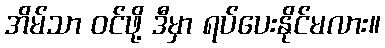
အိမ်သာ ဝင်ဖို့ ဒီမှာ ရပ်ပေးနိုင်မလား။